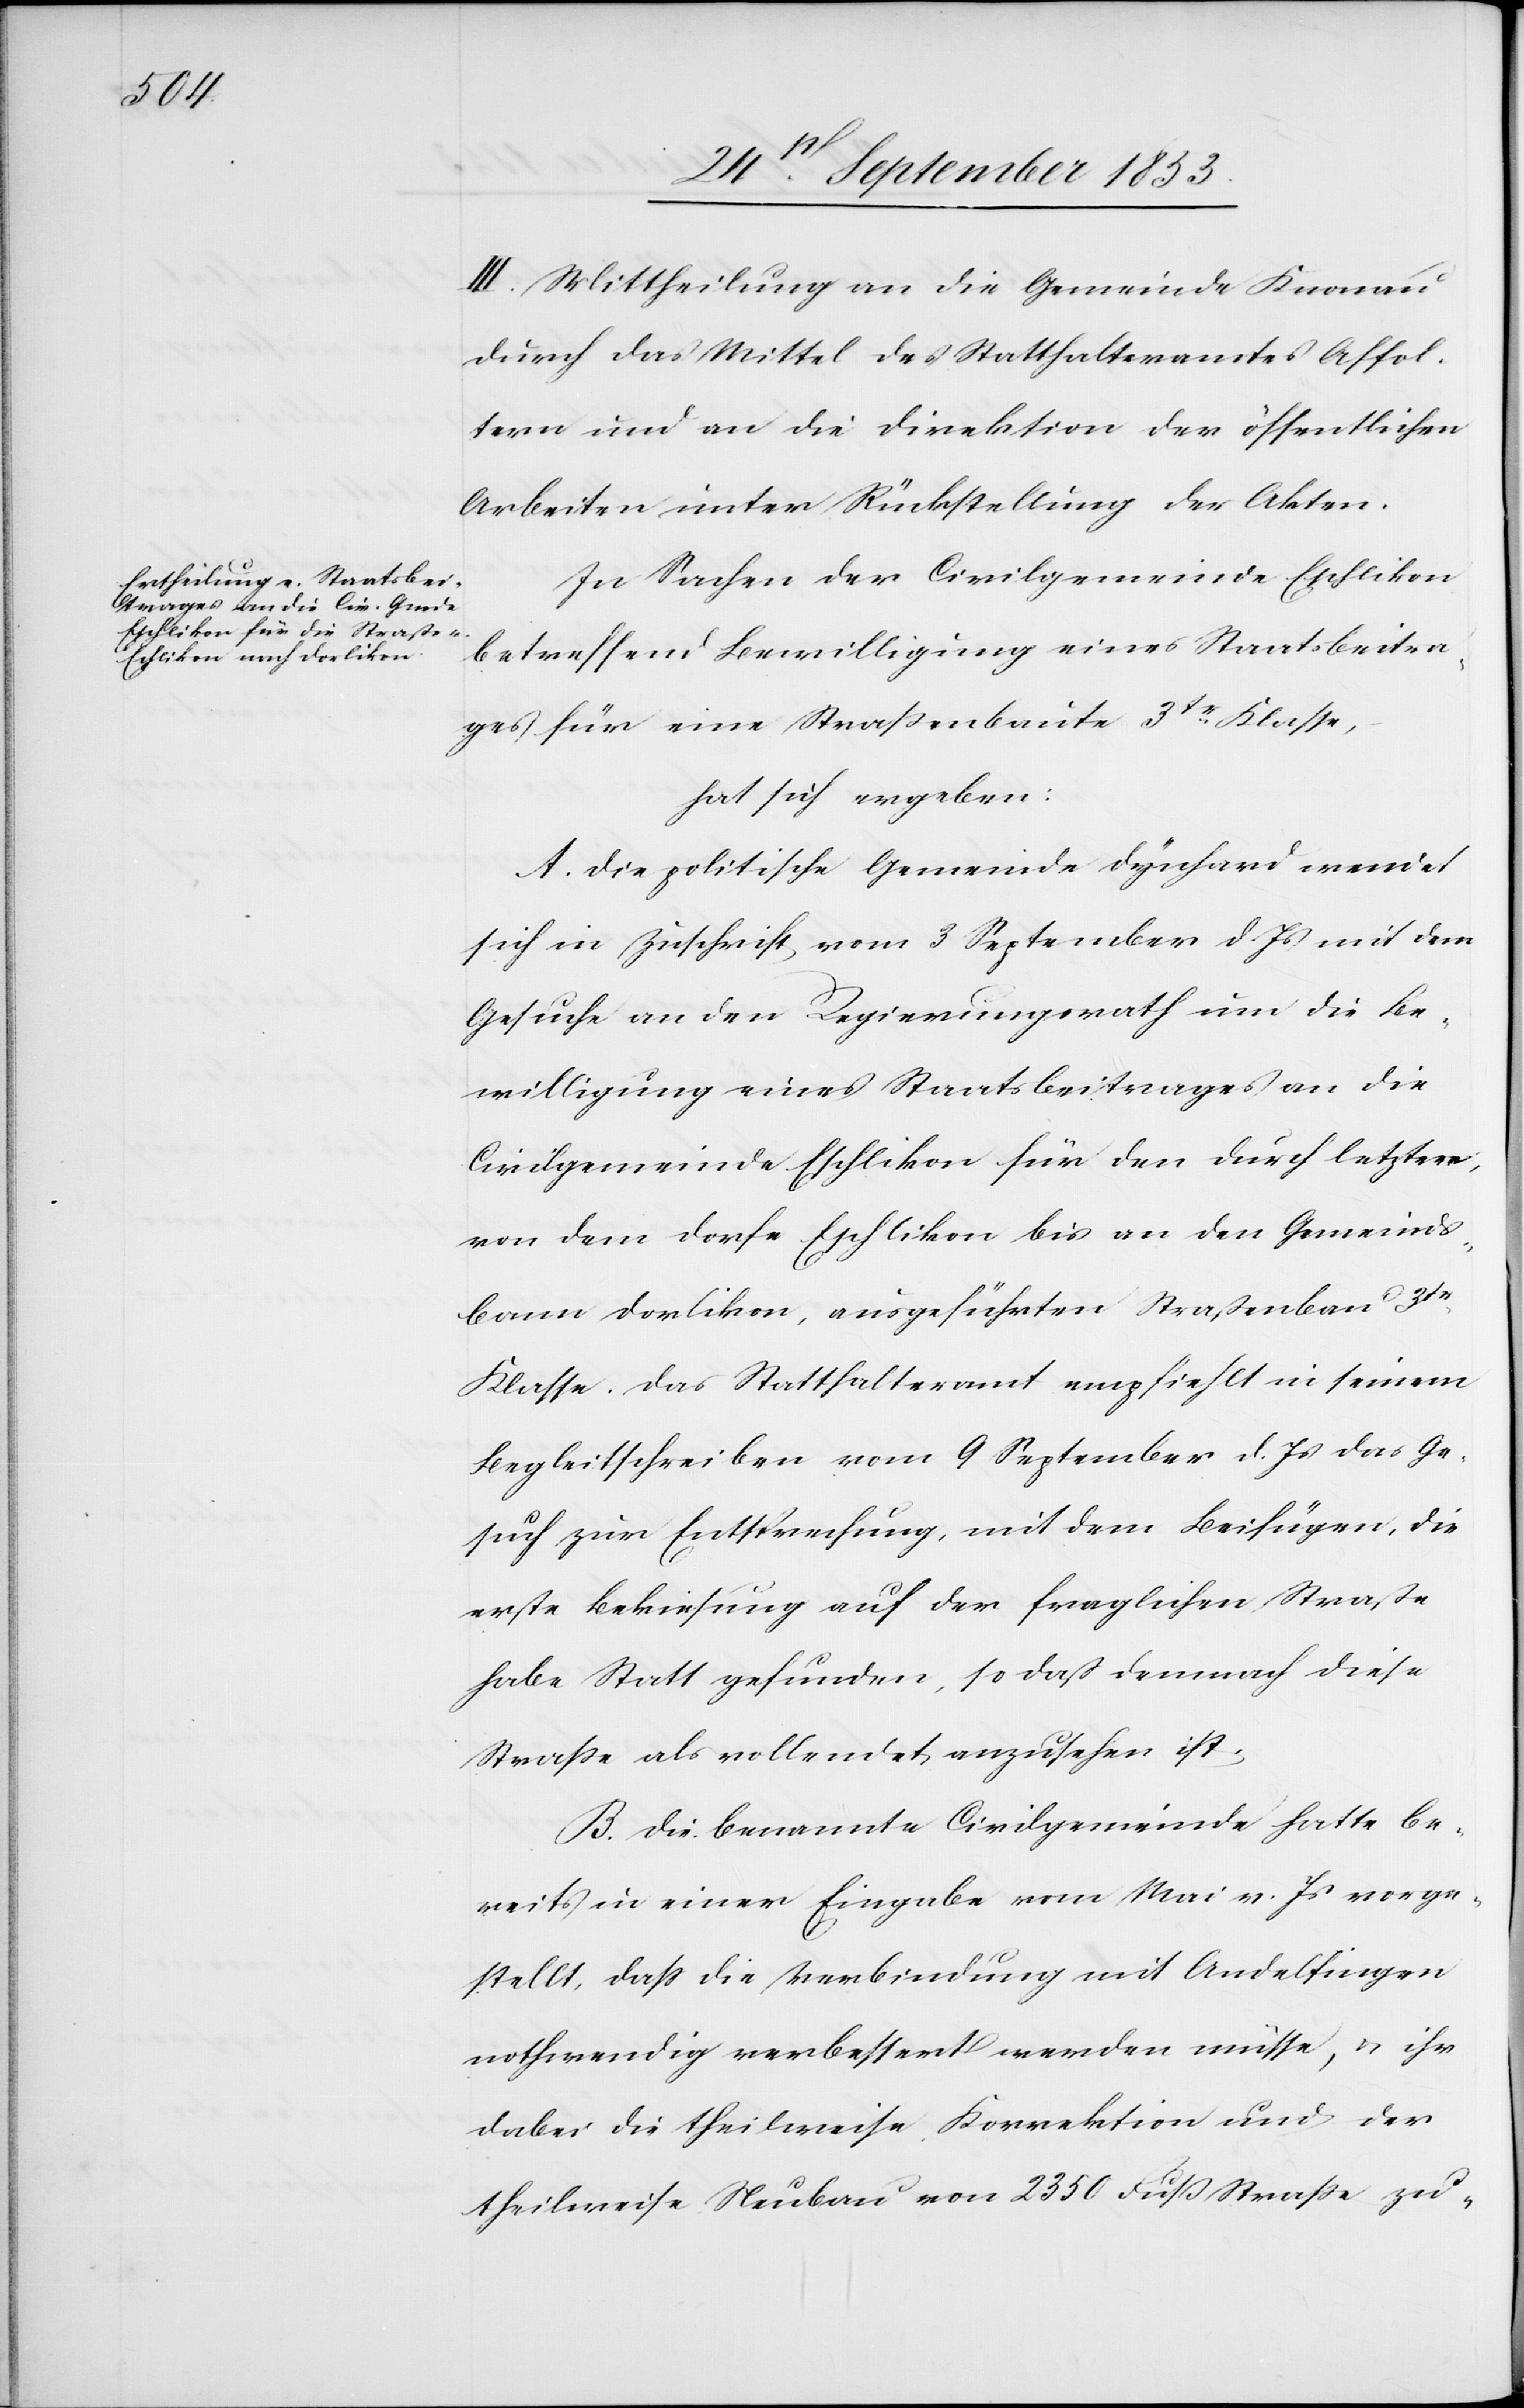
III. Mittheilung an die Gemeinde Knonau
durch das Mittel des Statthalteramtes Affol¬
tern und an die Direktion der öffentlichen
Arbeiten unter Rückstellung der Akten.
In Sachen der Civilgemeinde Eschlikon
betreffend Bewilligung eines Staatsbeitra¬
ges für eine Straßenbaute 3tr Klasse,
hat sich ergeben:
A. Die politische Gemeinde Dynhard wendet
sich in Zuschrift vom 3 September d. Js. dem
Gesuche an den Regierungsrath um die Be¬
willigung eines Staatsbeitrages an die
Civilgemeinde Eschlikon für den durch letztere,
von dem Dorfe Eschlikon bis an den Gemeinds¬
bann Dorlikon, ausgeführten Straßenbau 3tr
Klasse. Das Statthalteramt empfiehlt in seinem
Begleitschreiben vom 9 September d. Js. das Ge¬
such zur Entsprechung, mit dem Beifügen, die
erste Bekiesung auf der fraglichen Straße
habe Statt gefunden, so daß demnach diese
Straße als vollendet anzusehen ist.
B. Die benannte Civilgemeinde hatte be¬
reits in einer Eingabe vom Mai v. Js. vorge¬
stellt, daß die Verbindung mit Andelfingen
nothwendig verbessert werden müsse, u. ihr
dabei die theilweise Korrektion und der
theilweise Neubau von 2350 Fuß Straße zu-